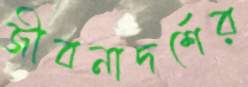
জীবনাদর্শের